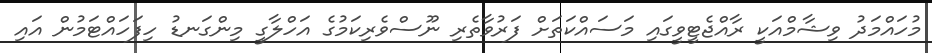
މުހައްމަދު ވިޝާމްއަކީ ރާއްޖެޓީވީގައި މަސައްކަތަށް ފަރުވާތެރި ނޫސްވެރިކަމުގެ އަހްލާގީ މިންގަނޑު ހިފަހައްޓަމުން އައި